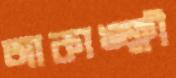
আকাঙ্ক্ষী